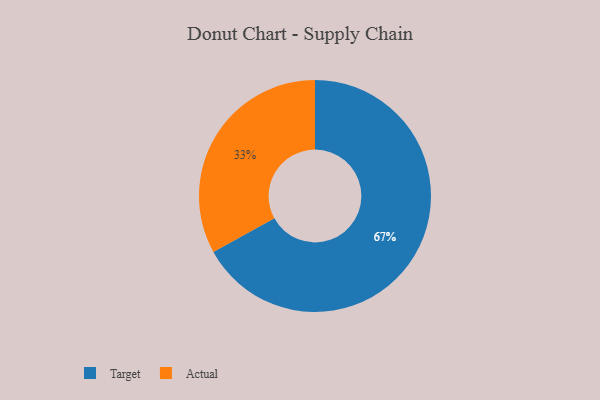
{"axis": {"x": "Category", "y": "Percentage"}, "legend": ["Actual", "Target"], "data": [{"x": "Target", "y": 67, "type": "Target"}, {"x": "Actual", "y": 33, "type": "Actual"}]}